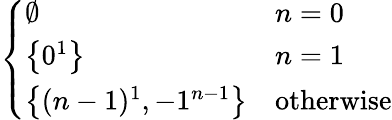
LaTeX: \left\{ {\begin{array}{lll}{\emptyset}&{n=0}\\ {\left\{ 0^{1}\right\} }&{n=1}\\ {\left\{ (n-1)^{1},-1^{n-1}\right\} }&{{\mathrm{otherwise}}}\end{array}}\right.